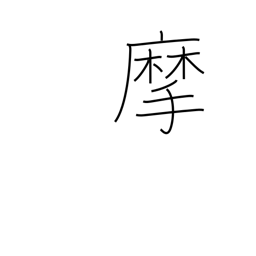
Meaning: scrape